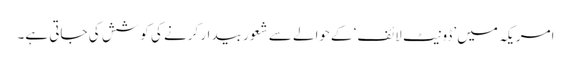
امریکہ میں ’ڈونیٹ لائف‘ کےحوالے سے شعور بیدار کرنے کی کوشش کی جاتی ہے۔